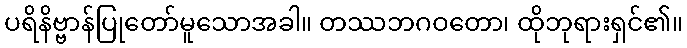
ပရိနိဗ္ဗာန်ပြုတော်မူသောအခါ။ တဿဘဂဝတော၊ ထိုဘုရားရှင်၏။